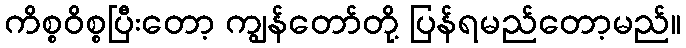
ကိစ္စဝိစ္စပြီးတော့ ကျွန်တော်တို့ ပြန်ရမည်တော့မည်။